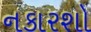
નકારશો